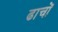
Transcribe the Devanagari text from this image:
ढाचों